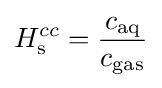
H_{\rm {s}}^{cc}={\frac {c_{\text{aq}}}{c_{\text{gas}}}}